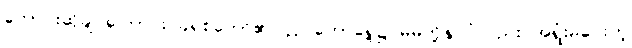
တောင်းဆိုချင်ကြောင်း ခရစ်တော်၏ပလ္လင်တော်ရှေ့၌ မိမိတို့နိုင်ငံလည်း အရှုံးမပေးတဲ့